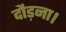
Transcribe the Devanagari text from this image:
दौड़ना।